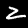
Label: 2